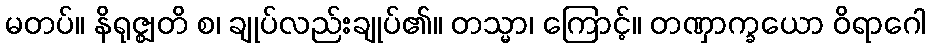
မတပ်။ နိရုဇ္ဈတိ စ၊ ချုပ်လည်းချုပ်၏။ တသ္မာ၊ ကြောင့်။ တဏှာက္ခယော ဝိရာဂေါ